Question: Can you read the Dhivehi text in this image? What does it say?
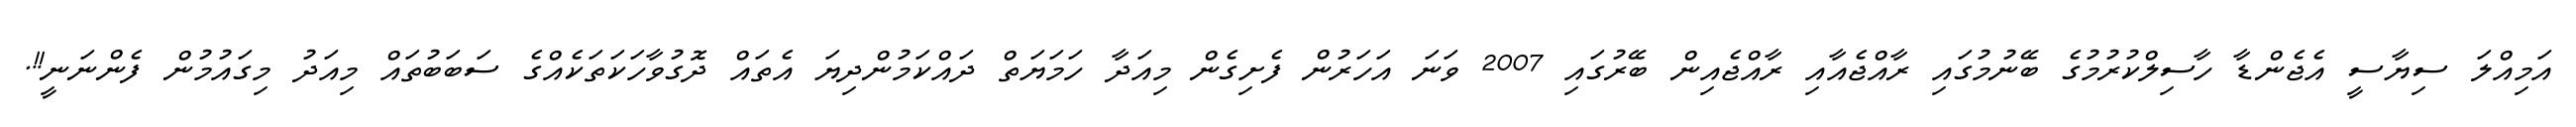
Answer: އަމިއްލަ ސިޔާސީ އެޖެންޑާ ހާސިލްކުރުމުގެ ބޭނުމުގައި ރާއްޖެއާއި ރާއްޖެއިން ބޭރުގައި 2007 ވަނަ އަހަރުން ފެށިގެން މިއަދާ ހަމަޔަތް ދައްކަމުންދިޔަ އެތައް ދޮގުވާހަކަތަކެއްގެ ސަބަބުތައް މިއަދު މިގައުމުން ފެންނަނީ!!.